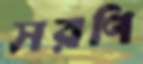
সরণি